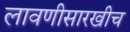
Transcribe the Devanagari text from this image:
लावणीसारखीच